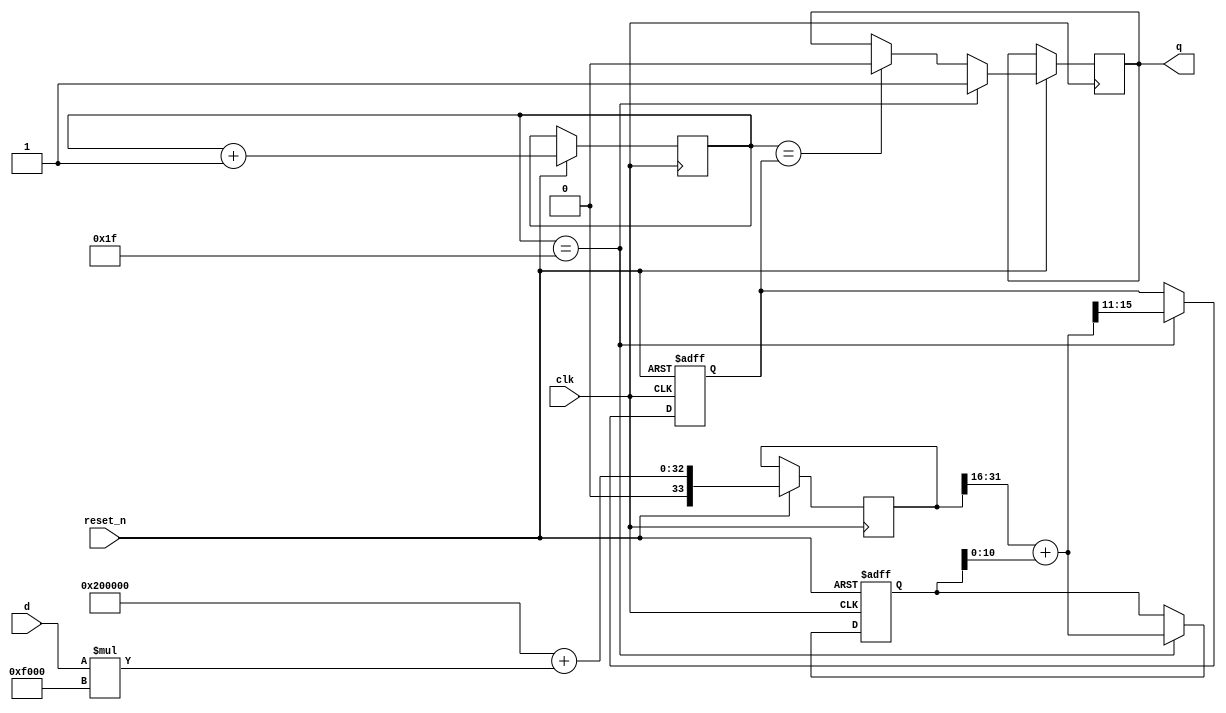
module hybrid_pwm_sd
(
	input clk,
	input reset_n,
	input [15:0] d,
	output q
);

reg [4:0] pwmcounter;
reg [4:0] pwmthreshold;
reg [33:0] scaledin;
reg [15:0] sigma;
wire [15:0] sigmanext;
reg q_reg;

assign sigmanext = scaledin[31:16]+{5'b000000,sigma[10:0]};	// Will use previous iteration's scaledin value

assign q=q_reg;

always @(posedge clk, negedge reset_n) // FIXME reset logic;
begin
	if(!reset_n)
	begin
		sigma<=16'b00000100_00000000;
		pwmthreshold<=5'b10000;
	end
	else
	begin
		pwmcounter<=pwmcounter+1;

		if(pwmcounter==pwmthreshold)
			q_reg<=1'b0;

		scaledin<=33'h200000 // (1<<(16-5))<<16, offset to keep centre aligned.  (Adjusted to eliminate DC offset - PWM not centred?)
			+({1'b0,d}*16'hf000); // 30<<(16-5)-1;

		if(pwmcounter==5'b11111) // Update threshold when pwmcounter reaches zero
		begin
			// Pick a new PWM threshold using a Sigma Delta
			sigma<=sigmanext;
			pwmthreshold<=sigmanext[15:11]; // Will lag 2 cycles behind, but shouldn't matter.
			q_reg<=1'b1;
		end

	end
end

endmodule